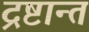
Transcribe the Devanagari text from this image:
द्रष्टान्त